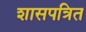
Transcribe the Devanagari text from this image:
शासपत्रित